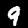
Label: 9